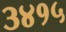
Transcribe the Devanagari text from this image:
३४१५